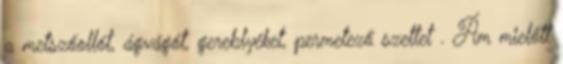
a metszőollót, ágvágót, gereblyéket, permetező szettet . Ám mielőtt